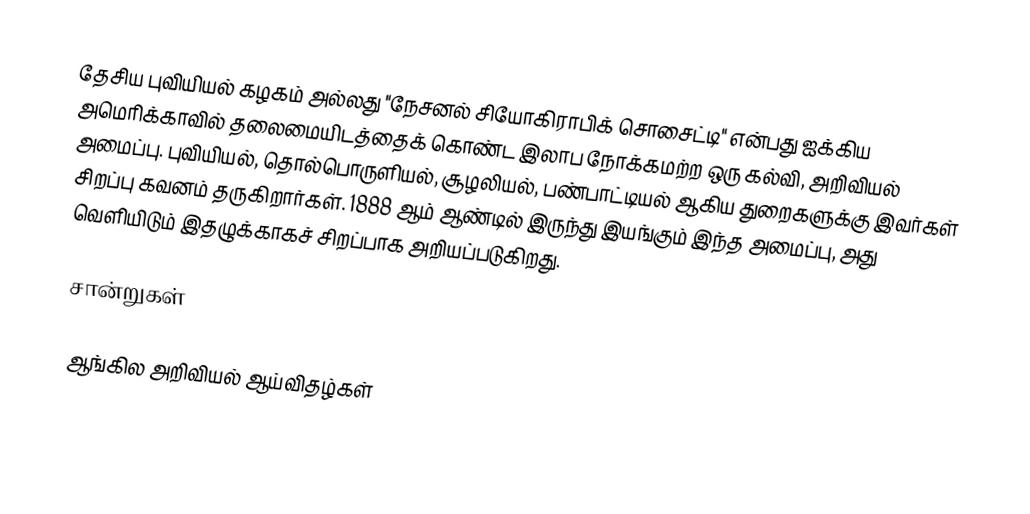
தேசிய புவியியல் கழகம் அல்லது "நேசனல் சியோகிராபிக் சொசைட்டி" என்பது ஐக்கிய அமெரிக்காவில் தலைமையிடத்தைக் கொண்ட இலாப நோக்கமற்ற ஒரு கல்வி, அறிவியல் அமைப்பு.  புவியியல், தொல்பொருளியல், சூழலியல், பண்பாட்டியல் ஆகிய துறைகளுக்கு இவர்கள் சிறப்பு கவனம் தருகிறார்கள்.  1888 ஆம் ஆண்டில் இருந்து இயங்கும் இந்த அமைப்பு, அது வெளியிடும் இதழுக்காகச் சிறப்பாக அறியப்படுகிறது.

சான்றுகள்

ஆங்கில அறிவியல் ஆய்விதழ்கள்